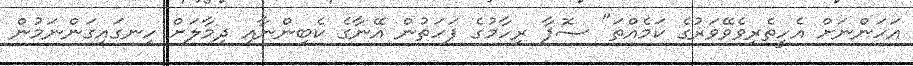
އަހަންނަށް އެހީތެރިވެވޭވަރުގެ ކަމެއްތަ" ޞޮފާ ރިހާމުގެ ފަހަތުން އޭނާގެ ކެބިންނާއި ދިމާލަށް ހިނގައިގަންނަމުން